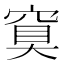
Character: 䆩